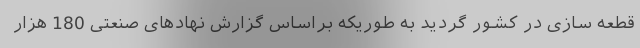
قطعه سازی در کشور گردید به طوریکه براساس گزارش نهادهای صنعتی 180 هزار